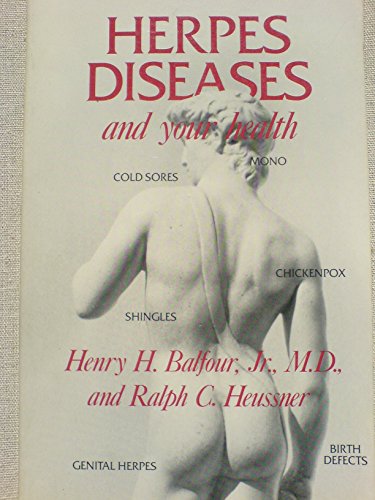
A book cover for Herpes Diseases & Your Health Pb; Health, Fitness & Dieting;